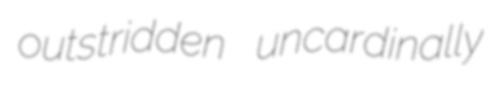
outstridden uncardinally